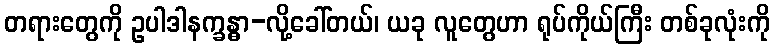
တရားတွေကို ဥပါဒါနက္ခန္ဓာ-လို့ခေါ်တယ်၊ ယခု လူတွေဟာ ရုပ်ကိုယ်ကြီး တစ်ခုလုံးကို